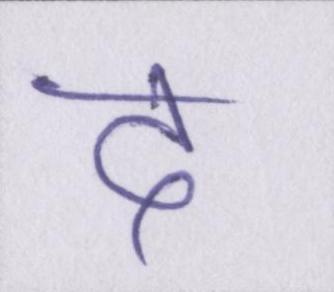
द